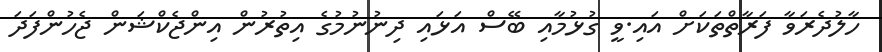
ހާލުދެރަވާ ފަރާތްތަކަށް އައި.ވީ ގުޅުމާއި ބޭސް އަޅައި ދިނުނުމުގެ އިތުރުން އިންޖެކްޝަން ޖެހުންފަދަ